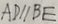
A D / / B E